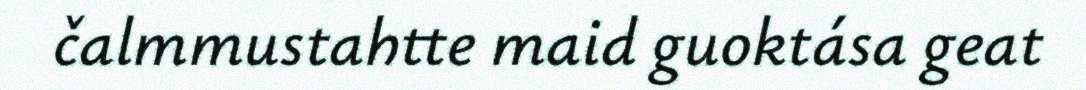
čalmmustahtte maid guoktása geat